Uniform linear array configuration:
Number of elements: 12
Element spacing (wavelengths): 0.25
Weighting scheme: kaiser
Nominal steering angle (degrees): -45
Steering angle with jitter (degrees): -44.329
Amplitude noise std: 0.05
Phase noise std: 0.05

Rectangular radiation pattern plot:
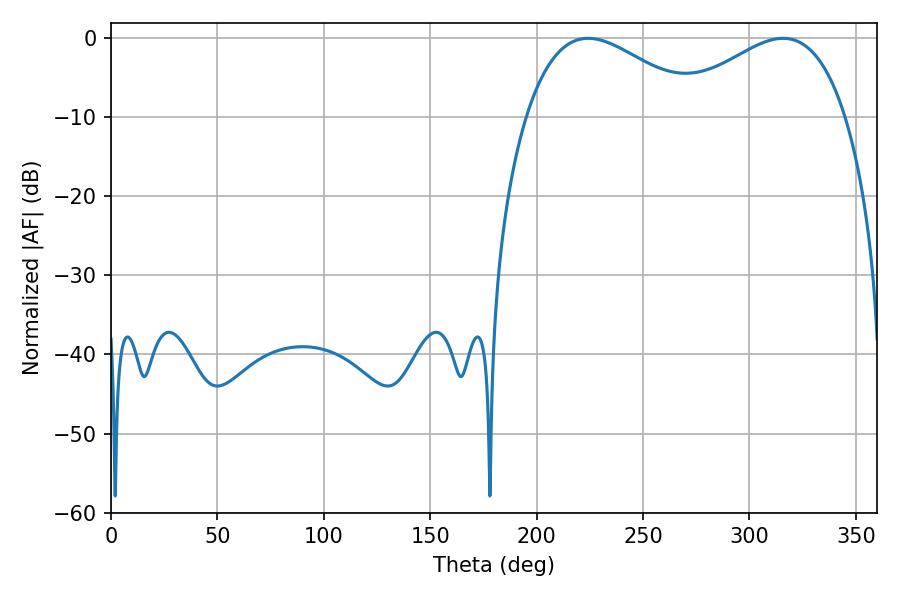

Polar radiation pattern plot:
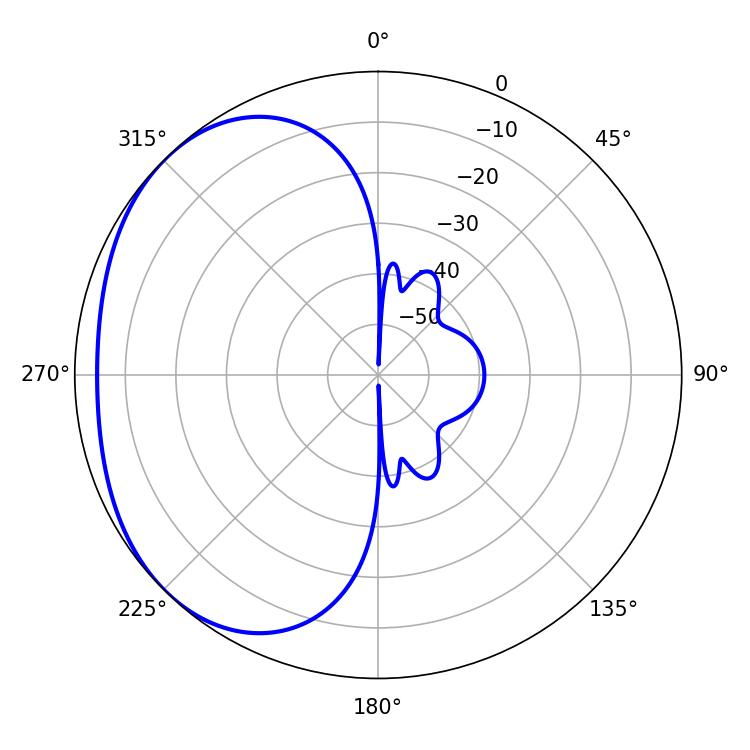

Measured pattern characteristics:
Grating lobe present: FALSE
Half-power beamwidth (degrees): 44.82
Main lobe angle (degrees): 224.28